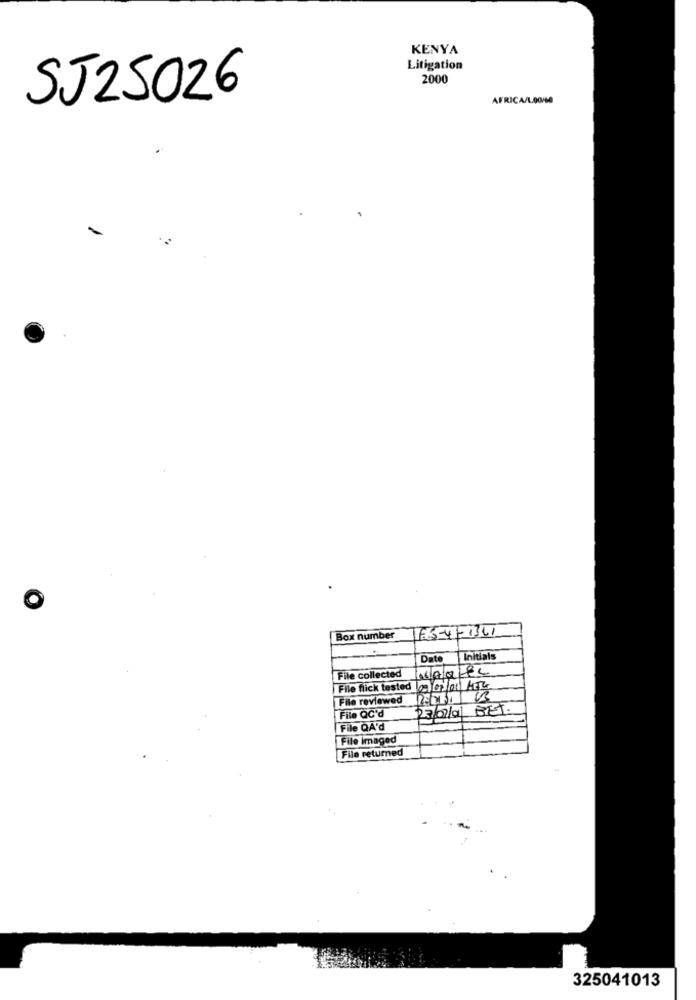
KENYA
Litigation
2000
SJ25026
AFRICA/LOG/60
165-4-1361
Box number
Dat
Initials
File collected
File flick tested 02/07/01| ATU
File reviewed
File QC'd
23/07/0 BET.
File QA'd
File Imaged
File returned
325041013